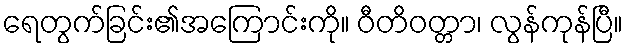
ရေတွက်ခြင်း၏အကြောင်းကို။ ဝီတိဝတ္တာ၊ လွန်ကုန်ပြီ။